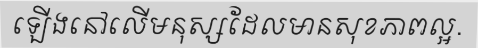
ឡើងនៅលើមនុស្សដែលមានសុខភាពល្អ.